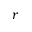
r